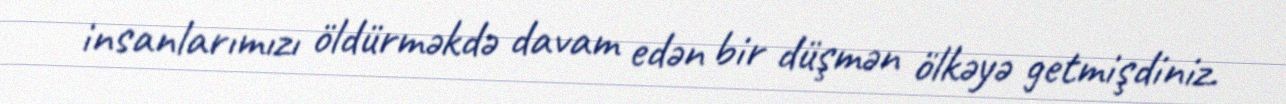
insanlarımızı öldürməkdə davam edən bir düşmən ölkəyə getmişdiniz.